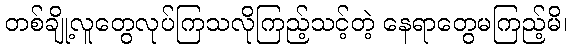
တစ်ချို့လူတွေလုပ်ကြသလိုကြည့်သင့်တဲ့ နေရာတွေမကြည့်မိ၊